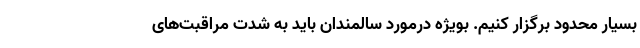
بسیار محدود برگزار کنیم. بویژه درمورد سالمندان باید به شدت مراقبت‌های